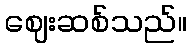
ဈေးဆစ်သည်။